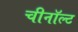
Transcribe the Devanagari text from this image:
चीनॉल्ट